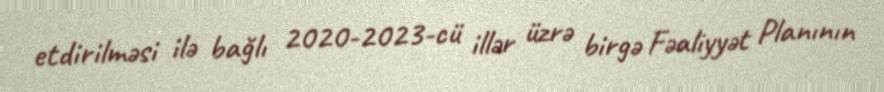
etdirilməsi ilə bağlı 2020-2023-cü illər üzrə birgə Fəaliyyət Planının